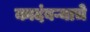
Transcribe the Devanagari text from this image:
कादंबऱ्याचे